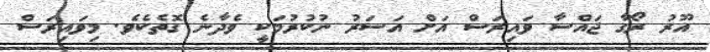
އޫރު ރޯގާ ޖައްސާ ވައިރަސް އަށް އަސަރު ނުކުރުމަކީ ވެދާނެ ގޮތެކެވެ. މިވައިރަސް